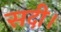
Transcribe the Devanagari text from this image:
सदी।